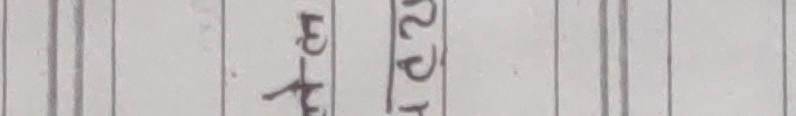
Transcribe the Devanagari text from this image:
४थ १२